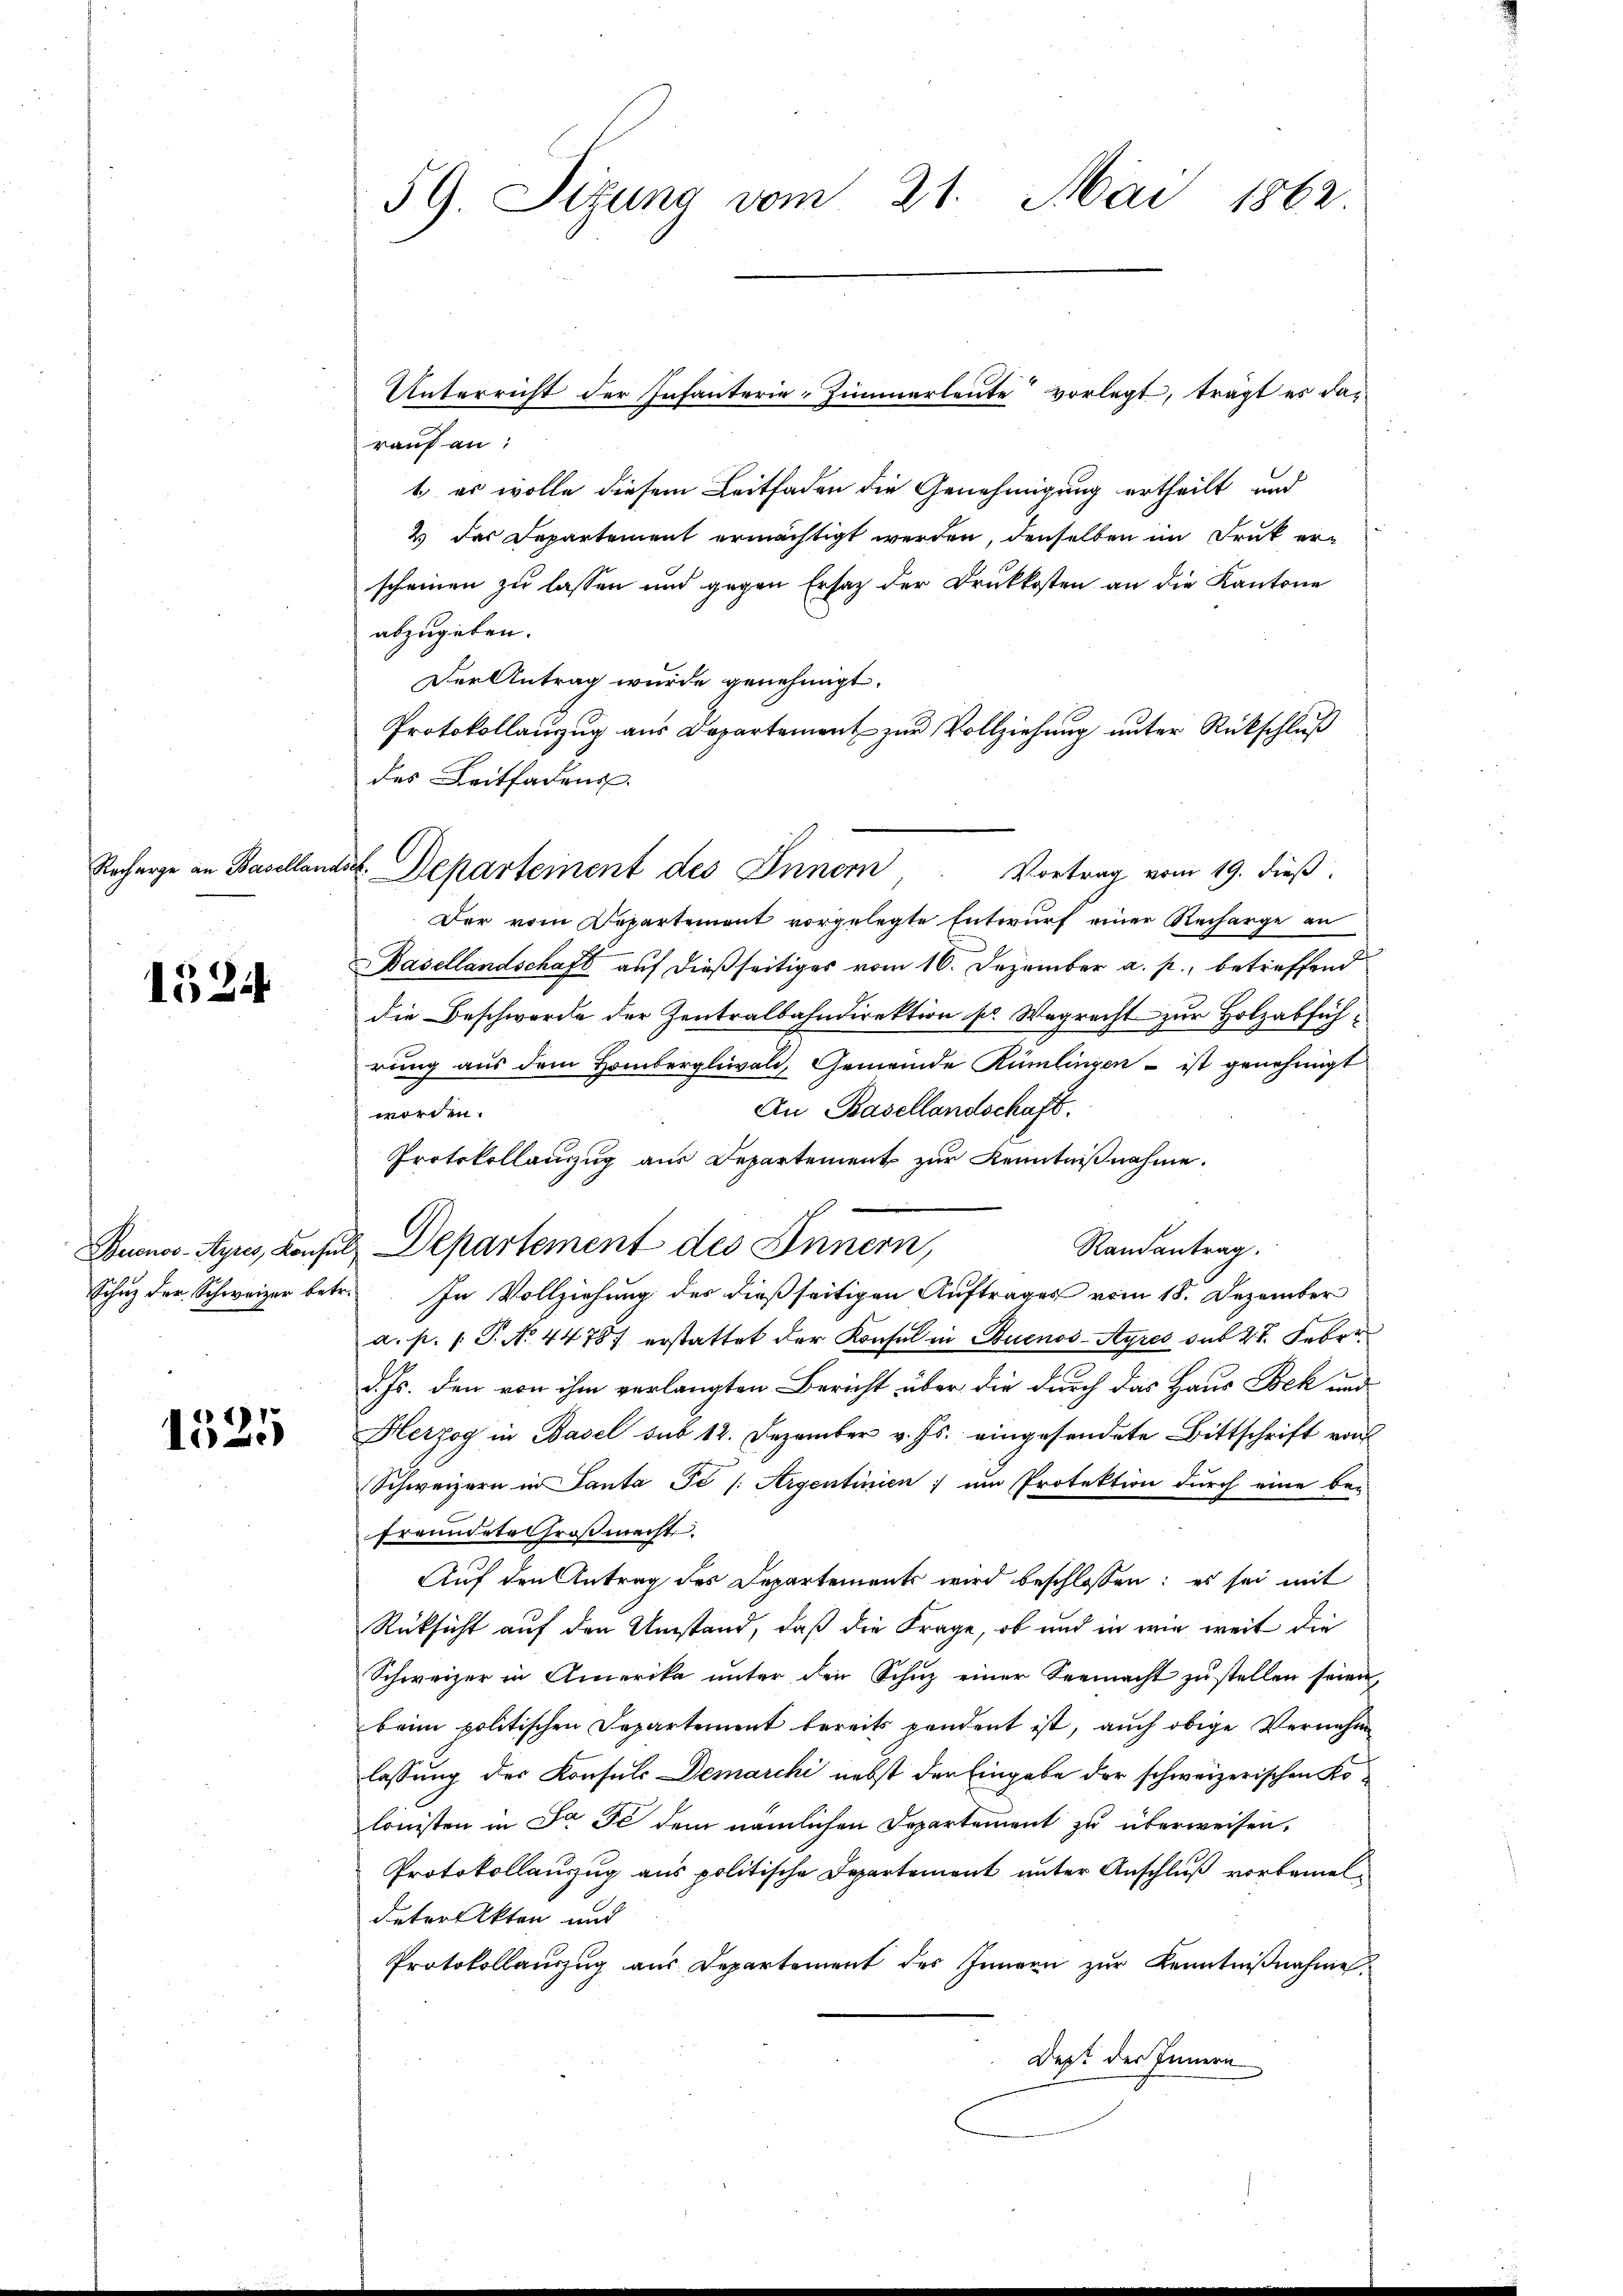
Recharge an Basellan

1524

1525

Unterricht der Infanterie-Zimmerleute vorlegt, trägt es das
rauf an:
t es wolle diesem Leitfaden die Genehmigung ertheilt, und
2 das Departement ermächtigt werden, denselben im Druk erscheinen zu lassen und gegen Ersatz der Druckkosten an die Kantone
abzugeben.
Der Antrag wurde genehmigt.
Protokollanzug aus Departement zur Vollziehung unter Rückschluß
des Leitfadens
de. Departement des Innern. Vortrag vom 19. dieβ.
Der vom Departement vorgelegte Entwurf einer Recharge an
Basellandschaft auf dießseitiges vom 16. Dezember a. p., betreffend
die Beschwerde der Zentralbahndirektion pr. Wegrecht zur Holzabführung aus dem Hombergliwald, Gemeinde Rümlingen - ist genehmigt
An Basellandschaft.
worden.
Protokollanzug aus Departement zur Kenntnißnahme.
Buenos-Ayres, Konsuls Departement des Innern,
Randantrag.
Schuz der Schweizer betr. In Vollziehung des dießseitigen Auftrages vom 18. Dezember
a. p. 1. P. No. 44787 erstattet der Konsul in Stuenos-Ayres sub 27. Feber
d. Js. den von ihm verlangten Bericht über die durch das Haus Bek und
Herzog in Basel sub 12. Dezember v. Js. eingesendete Bittschrift von
Schweizern in Panta Je /: Argentinien um Protektion durch eine be-
freundete Großmacht.
Auf den Antrag des Departements wird beschlossen: es sei mit
Rücksicht auf den Umstand, daß die Frage, ob und in wie weit die
Schweizer in Amerika ŭnter den Schŭz einer Seemacht zŭ stellen seien,
beim politischen Departement bereits pendent ist, auch obige Vernehm
lassung des Konsuls Demarchi nebst der Eingabe der schweizerischen Kolonisten in Ja de dem nämlichen Departement zu überweisen,
Protokollauszug aus politische Departement unter Anschluß vorbemeldeter Akten und
Protokollaŭszŭg aŭs Departement des Innern zŭr Kenntniβnahme
Dept des Innern

59. Sitzung vom 21. Mai 1862.